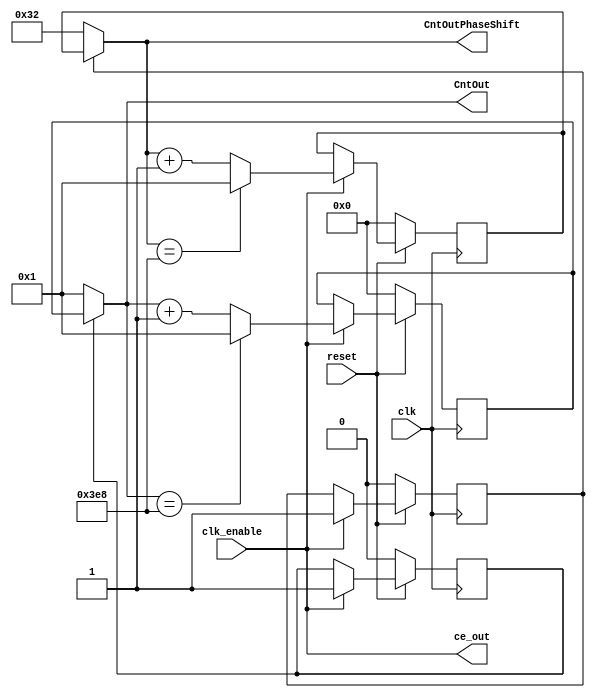
// -------------------------------------------------------------
// 
// 
// Generated by MATLAB 23.2, HDL Coder 23.2, and Simulink 23.2
// 
// 
// -- -------------------------------------------------------------
// -- Rate and Clocking Details
// -- -------------------------------------------------------------
// Model base rate: 1e-06
// Target subsystem base rate: 1e-06
// 
// 
// Clock Enable  Sample Time
// -- -------------------------------------------------------------
// ce_out        1e-06
// -- -------------------------------------------------------------
// 
// 
// Output Signal                 Clock Enable  Sample Time
// -- -------------------------------------------------------------
// CntOutPhaseShift              ce_out        1e-06
// CntOut                        ce_out        1e-06
// -- -------------------------------------------------------------
// 
// -------------------------------------------------------------


// -------------------------------------------------------------
// 
// Module: Cnt_sin2cos
// Source Path: signalSim/Cnt_sin2cos
// Hierarchy Level: 0
// Model version: 1.10
// 
// -------------------------------------------------------------

`timescale 1 ns / 1 ns

module Cnt_sin2cos
          (clk,
           reset,
           clk_enable,
           ce_out,
           CntOutPhaseShift,
           CntOut);


  input   clk;
  input   reset;
  input   clk_enable;
  output  ce_out;
  output  [9:0] CntOutPhaseShift;  // ufix10
  output  [9:0] CntOut;  // ufix10


  wire enb;
  wire HDL_Counter_ctrl_const_out;
  reg  HDL_Counter_ctrl_delay_out;
  wire [9:0] HDL_Counter_Initial_Val_out;  // ufix10
  wire [9:0] count_step;  // ufix10
  wire [9:0] count_from;  // ufix10
  wire [9:0] HDL_Counter_out1;  // ufix10
  wire [9:0] count;  // ufix10
  wire need_to_wrap;
  wire [9:0] count_value;  // ufix10
  reg [9:0] HDL_Counter_out;  // ufix10
  wire HDL_Counter1_ctrl_const_out;
  reg  HDL_Counter1_ctrl_delay_out;
  wire [9:0] HDL_Counter1_Initial_Val_out;  // ufix10
  wire [9:0] count_step_1;  // ufix10
  wire [9:0] count_from_1;  // ufix10
  wire [9:0] HDL_Counter1_out1;  // ufix10
  wire [9:0] count_1;  // ufix10
  wire need_to_wrap_1;
  wire [9:0] count_value_1;  // ufix10
  reg [9:0] HDL_Counter1_out;  // ufix10


  assign HDL_Counter_ctrl_const_out = 1'b1;



  assign enb = clk_enable;

  always @(posedge clk)
    begin : HDL_Counter_ctrl_delay_process
      if (reset == 1'b0) begin
        HDL_Counter_ctrl_delay_out <= 1'b0;
      end
      else begin
        if (enb) begin
          HDL_Counter_ctrl_delay_out <= HDL_Counter_ctrl_const_out;
        end
      end
    end



  assign HDL_Counter_Initial_Val_out = 10'b0000110010;



  // Count limited, Unsigned Counter
  //  initial value   = 1
  //  step value      = 1
  //  count to value  = 1000
  assign count_step = 10'b0000000001;



  assign count_from = 10'b0000000001;



  assign count = HDL_Counter_out1 + count_step;



  assign need_to_wrap = HDL_Counter_out1 == 10'b1111101000;



  assign count_value = (need_to_wrap == 1'b0 ? count :
              count_from);



  always @(posedge clk)
    begin : HDL_Counter_process
      if (reset == 1'b0) begin
        HDL_Counter_out <= 10'b0000000000;
      end
      else begin
        if (enb) begin
          HDL_Counter_out <= count_value;
        end
      end
    end



  assign HDL_Counter_out1 = (HDL_Counter_ctrl_delay_out == 1'b0 ? HDL_Counter_Initial_Val_out :
              HDL_Counter_out);



  assign CntOutPhaseShift = HDL_Counter_out1;

  assign HDL_Counter1_ctrl_const_out = 1'b1;



  always @(posedge clk)
    begin : HDL_Counter1_ctrl_delay_process
      if (reset == 1'b0) begin
        HDL_Counter1_ctrl_delay_out <= 1'b0;
      end
      else begin
        if (enb) begin
          HDL_Counter1_ctrl_delay_out <= HDL_Counter1_ctrl_const_out;
        end
      end
    end



  assign HDL_Counter1_Initial_Val_out = 10'b0000000001;



  // Count limited, Unsigned Counter
  //  initial value   = 1
  //  step value      = 1
  //  count to value  = 1000
  assign count_step_1 = 10'b0000000001;



  assign count_from_1 = 10'b0000000001;



  assign count_1 = HDL_Counter1_out1 + count_step_1;



  assign need_to_wrap_1 = HDL_Counter1_out1 == 10'b1111101000;



  assign count_value_1 = (need_to_wrap_1 == 1'b0 ? count_1 :
              count_from_1);



  always @(posedge clk)
    begin : HDL_Counter1_process
      if (reset == 1'b0) begin
        HDL_Counter1_out <= 10'b0000000000;
      end
      else begin
        if (enb) begin
          HDL_Counter1_out <= count_value_1;
        end
      end
    end



  assign HDL_Counter1_out1 = (HDL_Counter1_ctrl_delay_out == 1'b0 ? HDL_Counter1_Initial_Val_out :
              HDL_Counter1_out);



  assign CntOut = HDL_Counter1_out1;

  assign ce_out = clk_enable;

endmodule  // Cnt_sin2cos